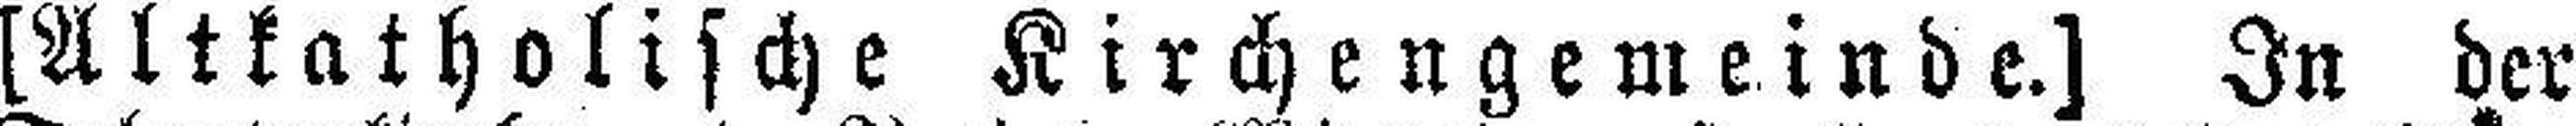
[Altkatholische Kirchengemeinde.] In der